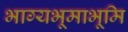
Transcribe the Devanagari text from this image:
भाग्यभूमाभूमि